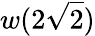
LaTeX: w(2\sqrt{2})